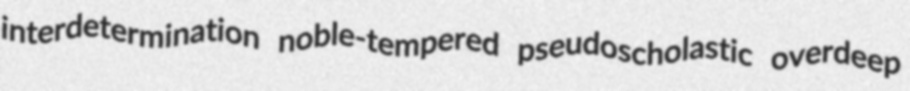
interdetermination noble-tempered pseudoscholastic overdeep